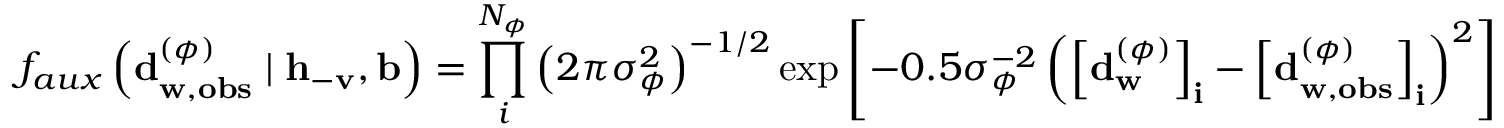
f _ { a u x } \left( \mathbf { d } _ { \mathbf { w } , \mathbf { o b s } } ^ { ( \phi ) } \mid \mathbf { h } _ { - \mathbf { v } } , \mathbf { b } \right) = \prod _ { i } ^ { N _ { \phi } } { \left( 2 \pi \sigma _ { \phi } ^ { 2 } \right) ^ { - 1 / 2 } \exp { \left[ - 0 . 5 \sigma _ { \phi } ^ { - 2 } \left( \left[ \mathbf { d } _ { \mathbf { w } } ^ { ( \phi ) } \right] _ { \mathbf { i } } - \left[ \mathbf { d } _ { \mathbf { w } , \mathbf { o b s } } ^ { ( \phi ) } \right] _ { \mathbf { i } } \right) ^ { 2 } \right] } }